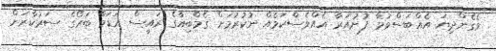
ވެގެންދިޔަ އެއްބަސްވުމާ ފުށުއަރާ އެއްވެސްކަމެއް ނުކުރުމަށް ގެމްބިއާގެ ރައީސް އަޑަމާ ބަރޯގެ ސަރުކާރަށް